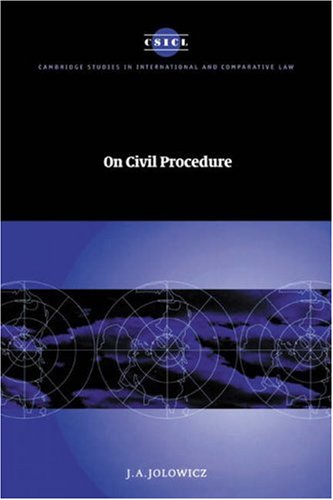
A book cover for On Civil Procedure (Cambridge Studies in International and Comparative Law); J. A. Jolowicz; Law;